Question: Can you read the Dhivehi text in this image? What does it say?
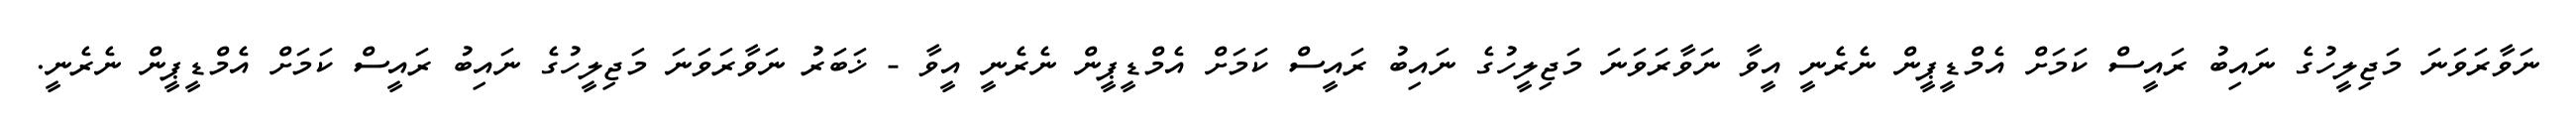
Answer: ނަވާރަވަނަ މަޖިލީހުގެ ނައިބު ރައީސް ކަމަށް އެމްޑީޕީން ނެރެނީ އީވާ ނަވާރަވަނަ މަޖިލީހުގެ ނައިބު ރައީސް ކަމަށް އެމްޑީޕީން ނެރެނީ އީވާ - ޚަބަރު ނަވާރަވަނަ މަޖިލީހުގެ ނައިބު ރައީސް ކަމަށް އެމްޑީޕީން ނެރެނީ.